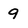
Character: 9